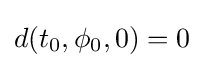
d(t_{0},\phi _{0},0)=0